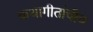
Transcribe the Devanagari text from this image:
कथागीतांचीच